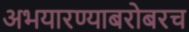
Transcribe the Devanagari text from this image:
अभयारण्याबरोबरच